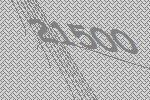
21500